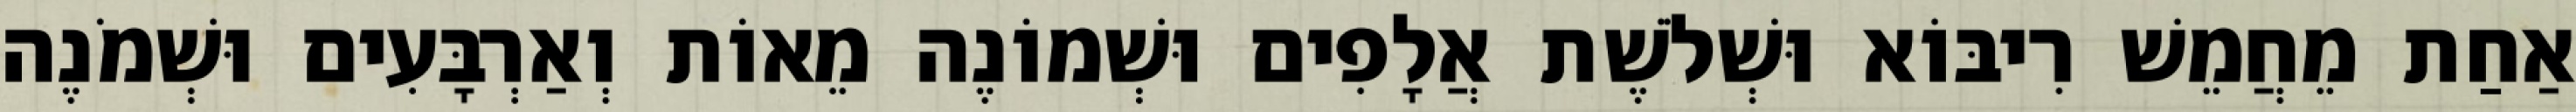
אַחַת מֵחֲמֵשׁ רִיבּוֹא וּשְׁלֹשֶׁת אֲלָפִים וּשְׁמוֹנֶה מֵאוֹת וְאַרְבָּעִים וּשְׁמֹנֶה